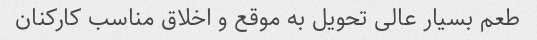
طعم بسیار عالی تحویل به موقع و اخلاق مناسب کارکنان